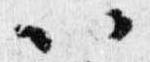
以